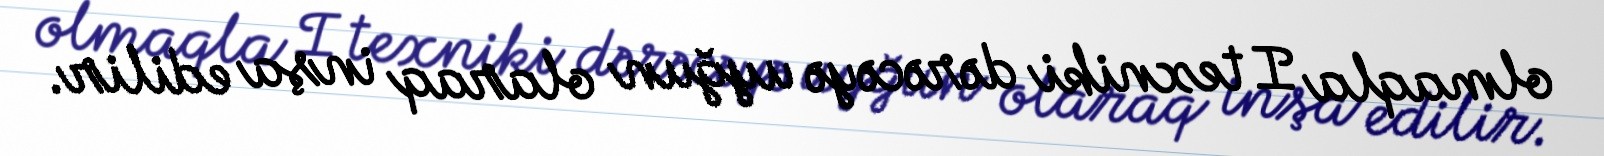
olmaqla I texniki dərəcəyə uyğun olaraq inşa edilir.